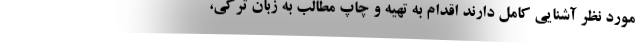
مورد نظر آشنایی کامل دارند اقدام به تهیه و چاپ مطالب به زبان ترکی،